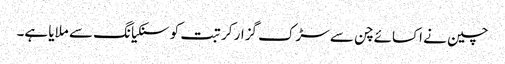
چین نے اکسائے چن سے سڑک گزار کر تبت کو سنکیانگ سے ملایا ہے۔